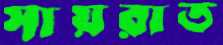
সায়রাত